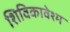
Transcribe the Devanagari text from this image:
शिविकावेश्म